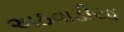
અઠવાડીયા